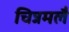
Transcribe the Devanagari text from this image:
चिन्नमलै